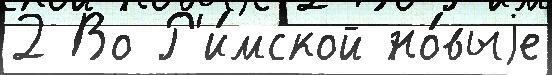
2 Во Р'и́мской но́выjе